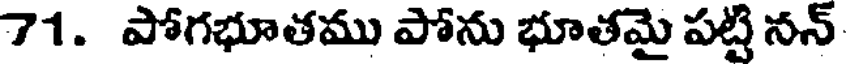
71. పోగభూతము పోను భూతమై పట్టి నన్